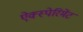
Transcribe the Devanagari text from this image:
ऐक्स्पेरिमेंट